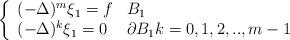
LaTeX: \begin{align*}\left\{\begin{array}{ll}(-\Delta)^m\xi_1 =f & B_1 \\(-\Delta)^k\xi_1 =0 & \partial B_1 k=0,1,2,..,m-1\\\end{array}\right.\end{align*}